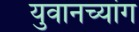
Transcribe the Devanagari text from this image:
युवानच्यांग